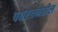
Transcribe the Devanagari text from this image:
पद्यरचनेतील